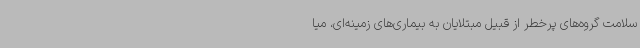
سلامت گروه‌های پرخطر از قبیل مبتلایان به بیماری‌های زمینه‌ای، میا